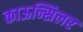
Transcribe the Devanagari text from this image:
काऊन्सिलर